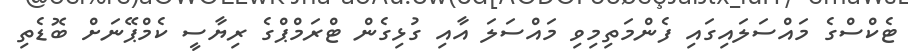
ޓެކްސްގެ މައްސަލައިގައި ފެންމަތިމިވި މައްސަލަ އާއި ގުޅިގެން ޓްރަމްޕްގެ ރިޔާސީ ކެމްޕޭނަށް ބޮޑެތި